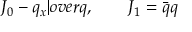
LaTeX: J _ { 0 } - { q _ { x } | o v e r q } , \qquad J _ { 1 } = \bar { q } q